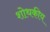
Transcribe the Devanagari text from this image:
शोथकीय